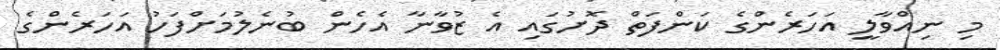
މި ނިއްވާލީ އަހަރެންގެ ކަންފަތް ދޮށުގައި އެ ޒުވާނާ އެހެން ބުނެލުމަށްފަހު އަހަރެންގެ